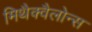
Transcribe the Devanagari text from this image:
मिथैक्वैलोन्स